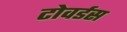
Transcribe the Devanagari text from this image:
टोवर्डस